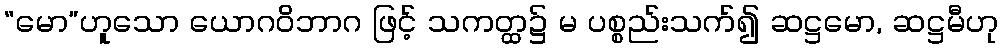
“မော”ဟူသော ယောဂဝိဘာဂ ဖြင့် သကတ္ထ၌ မ ပစ္စည်းသက်၍ ဆဋ္ဌမော, ဆဋ္ဌမီဟု